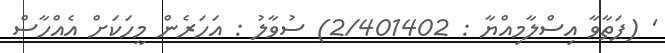
' (ފަތާވާ އިސްލާމިއްޔާ : 2/401402) ސުވާލު : އަހަރެން މީހަކަށް އެއްހާސް